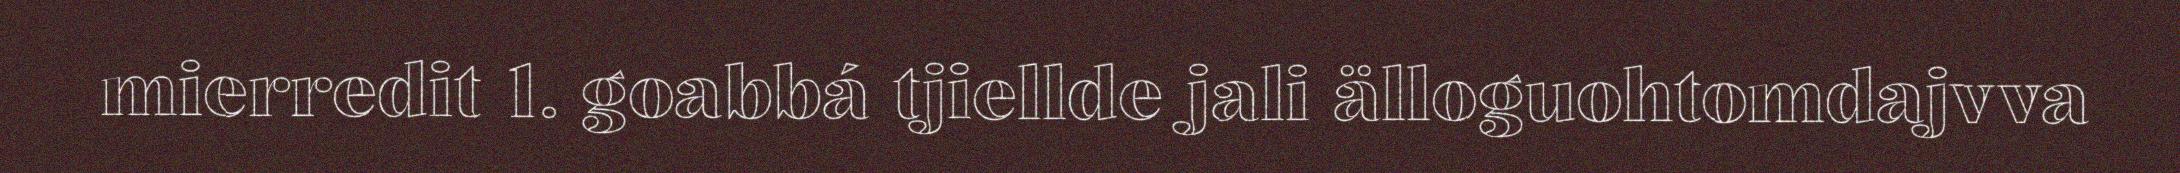
mierredit 1. goabbá tjiellde jali älloguohtomdajvva